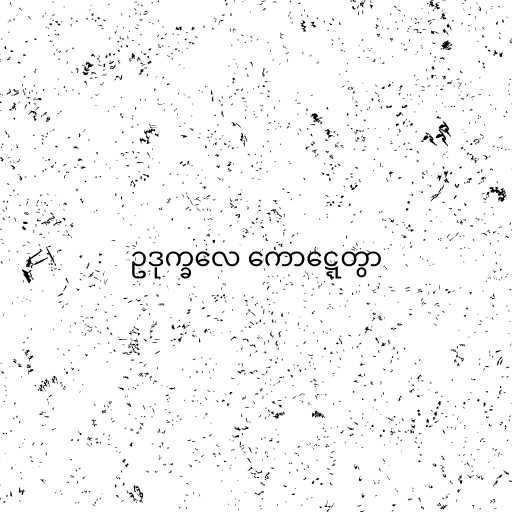
ဥဒုက္ခလေ ကောဋ္ဋေတွာ